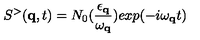
S ^ { > } ( { \bf { q } } , t ) = N _ { 0 } ( \frac { \epsilon _ { { \bf { q } } } } { \omega _ { { \bf { q } } } } ) \mathrm { } e x p ( - i \mathrm { } \omega _ { { \bf { q } } } t )